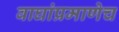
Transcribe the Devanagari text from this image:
वाघांप्रमाणेच